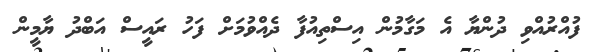
ފުއްރުއްވި ދުންޔާ އެ މަގާމުން އިސްތިއުފާ ދެއްވުމަށް ފަހު ރައީސް އަބްދު ޔާމީން